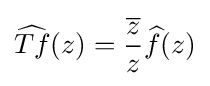
\displaystyle {\widehat {Tf}}(z)={{\overline {z}} \over z}{\widehat {f}}(z)